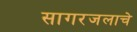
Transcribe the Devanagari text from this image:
सागरजलाचे